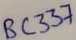
Text: BC337